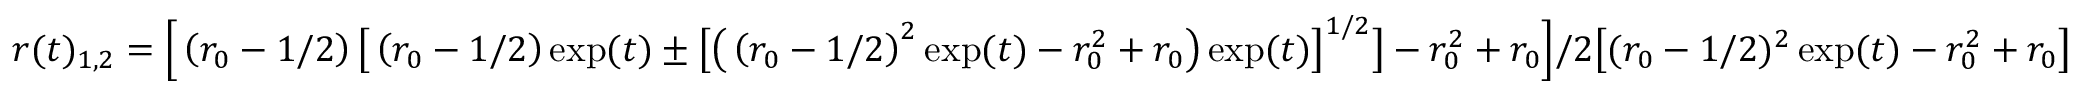
r ( t ) _ { 1 , 2 } = \Big [ \left( r _ { 0 } - 1 / 2 \right) \big [ \left( r _ { 0 } - 1 / 2 \right) \exp ( t ) \pm \big [ \big ( \left( r _ { 0 } - 1 / 2 \right) ^ { 2 } \exp ( t ) - r _ { 0 } ^ { 2 } + r _ { 0 } \big ) \exp ( t ) \big ] ^ { 1 / 2 } \big ] - r _ { 0 } ^ { 2 } + r _ { 0 } \Big ] / 2 \big [ ( r _ { 0 } - 1 / 2 ) ^ { 2 } \exp ( t ) - r _ { 0 } ^ { 2 } + r _ { 0 } \big ]